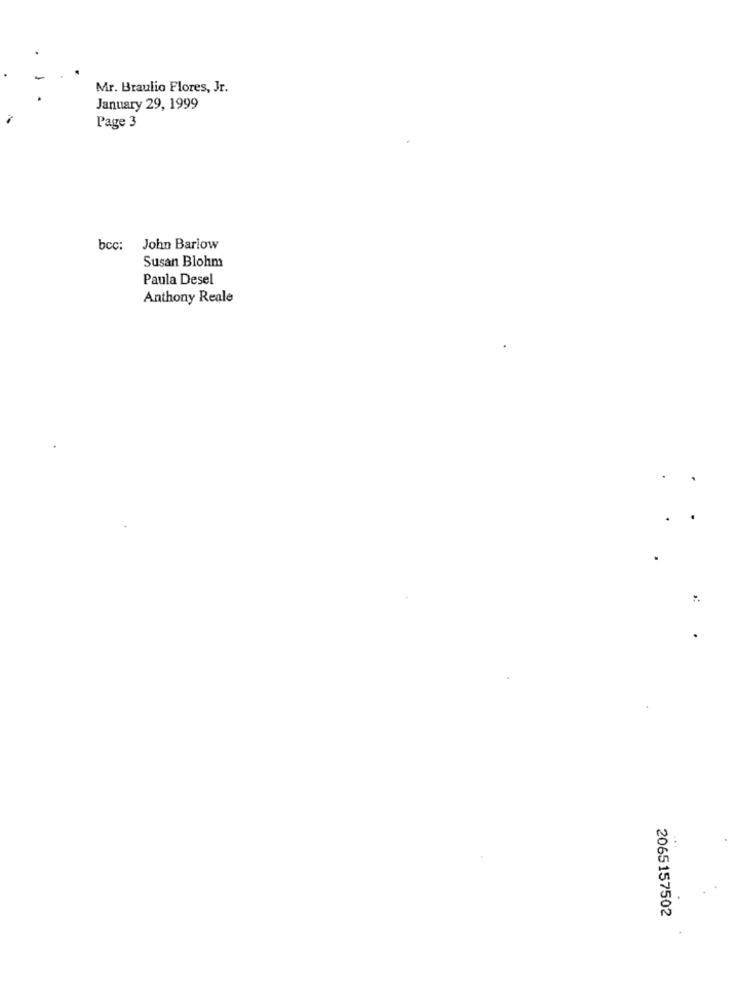
Mr. Braulio Flores, Jr.
January 29, 1999
Page 3
bcc:
John Barlow
Susan Blohm
Paula Desel
Anthony Reale
.
2065157502